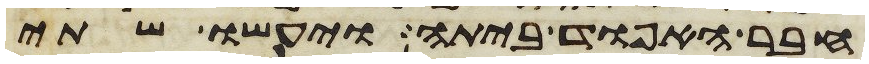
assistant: חבר האפוד ביתה ויעשו שתי